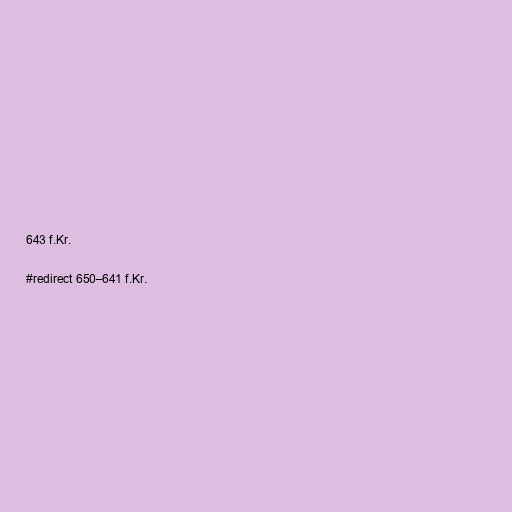
643 f.Kr.

#redirect 650–641 f.Kr.